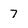
Character: 7